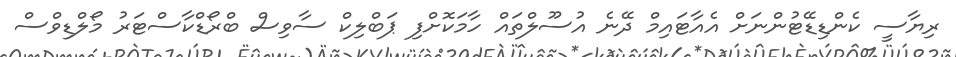
ރިޔާސީ ކެންޑިޑޭޓުންނަށް އެއާޓައިމް ދޭނެ އުސޫލްތައް ހާމަކޮށްފި ޕަބްލިކް ސާވިސް ބްރޯޑްކާސްޓަރު މޯލްޑިވްސް